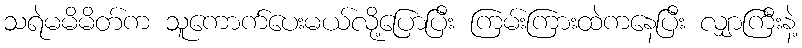
သရဲမမိမိတ်က သူကောက်ပေးမယ်လို့ပြောပြီး ကြမ်းကြားထဲကနေပြီး လျှာကြီးနဲ့